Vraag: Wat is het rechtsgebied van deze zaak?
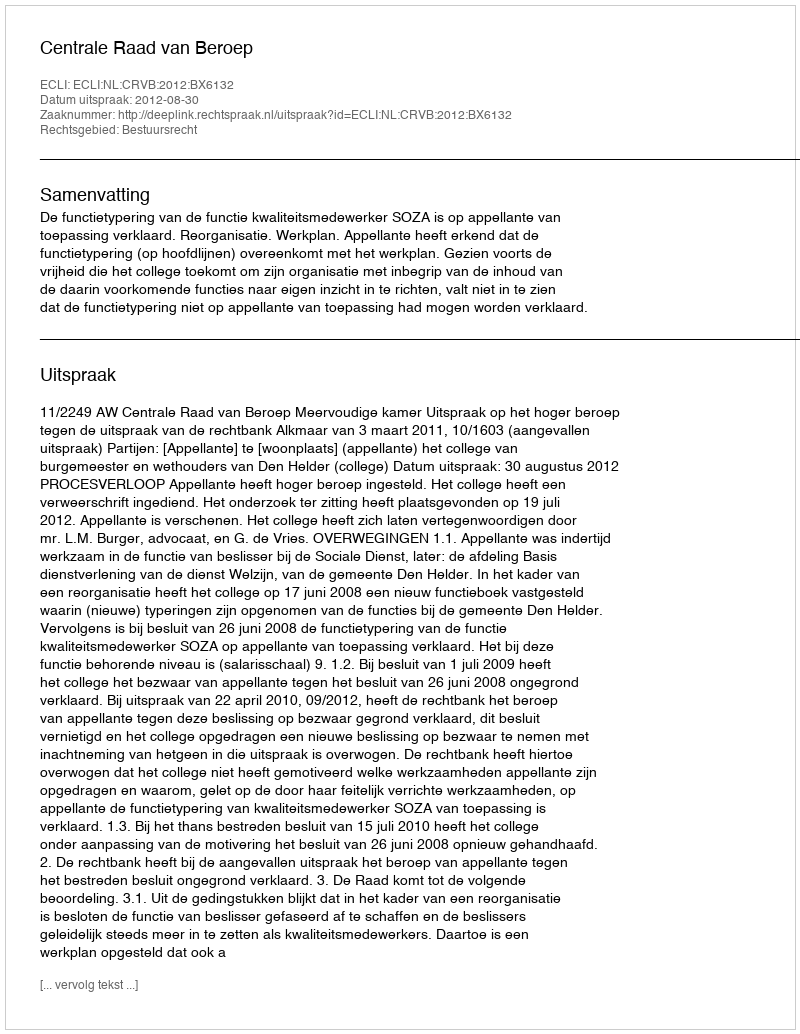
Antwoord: Bestuursrecht